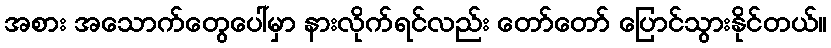
အစား အသောက်တွေပေါ်မှာ နားလိုက်ရင်လည်း တော်တော် ပြောင်သွားနိုင်တယ်။